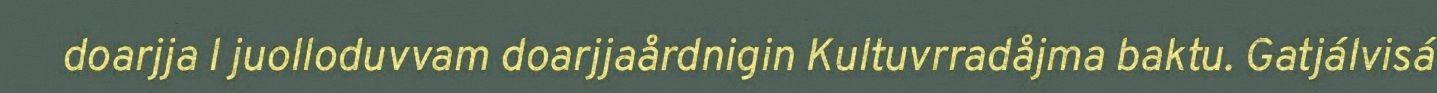
doarjja l juolloduvvam doarjjaårdnigin Kultuvrradåjma baktu. Gatjálvisá